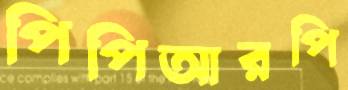
পিপিআরপি